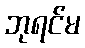
ဘုရင်မ